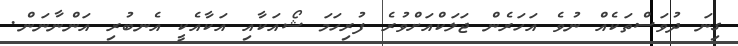
ގިނަ ދުވަސްތަކެއް ނުވެ އަހަރެން ޖަލަކްއަށްވުރެ ފުރިހަމަ ޝޯއަކާއި އަކާއެކީ އެނބުރި އަންނާނަން.